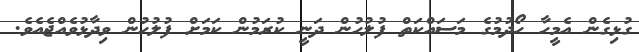
ގުޅިގެން އެމީހާ ހޯދުމުގެ މަސައްކަތް ފުލުހުން ދަނީ ކުރަމުން ކަމަށް ފުލުހުން ވިދާޅުވެއްޖެއެވެ.